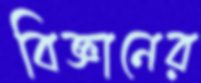
বিজ্ঞানের